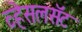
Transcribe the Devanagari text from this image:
व्हेसलसॅट